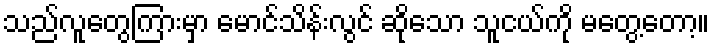
သည်လူတွေကြားမှာ မောင်သိန်းလွင် ဆိုသော သူငယ်ကို မတွေ့တော့။